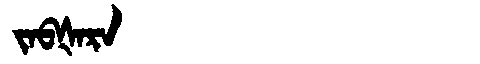
Manchu: ᠵᠠᠪᡧᠠᡵᠠ
Romanization: JABŠARA